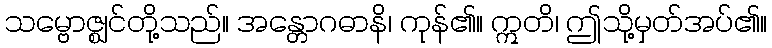
သမ္ဗောဇ္ဈင်တို့သည်။ အန္တောဂဓာနိ၊ ကုန်၏။ ဣတိ၊ ဤသို့မှတ်အပ်၏။